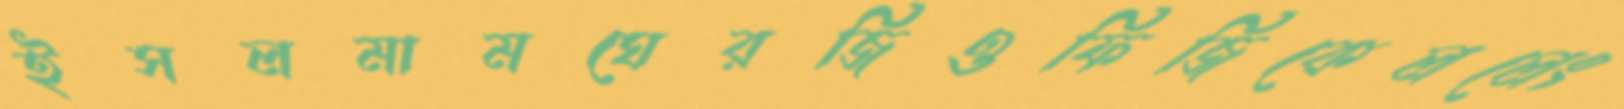
ইসলমামঘেরজিওফিজিকেললেং